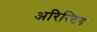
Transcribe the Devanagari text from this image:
अरिस्टिड